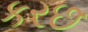
કરછ